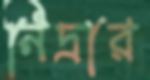
নিদ্রার